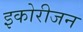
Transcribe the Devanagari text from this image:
इकोरीजन